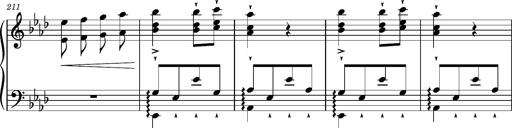
Title: Magyar rapszÃ³diÃ¡k
Composer: Franz Liszt